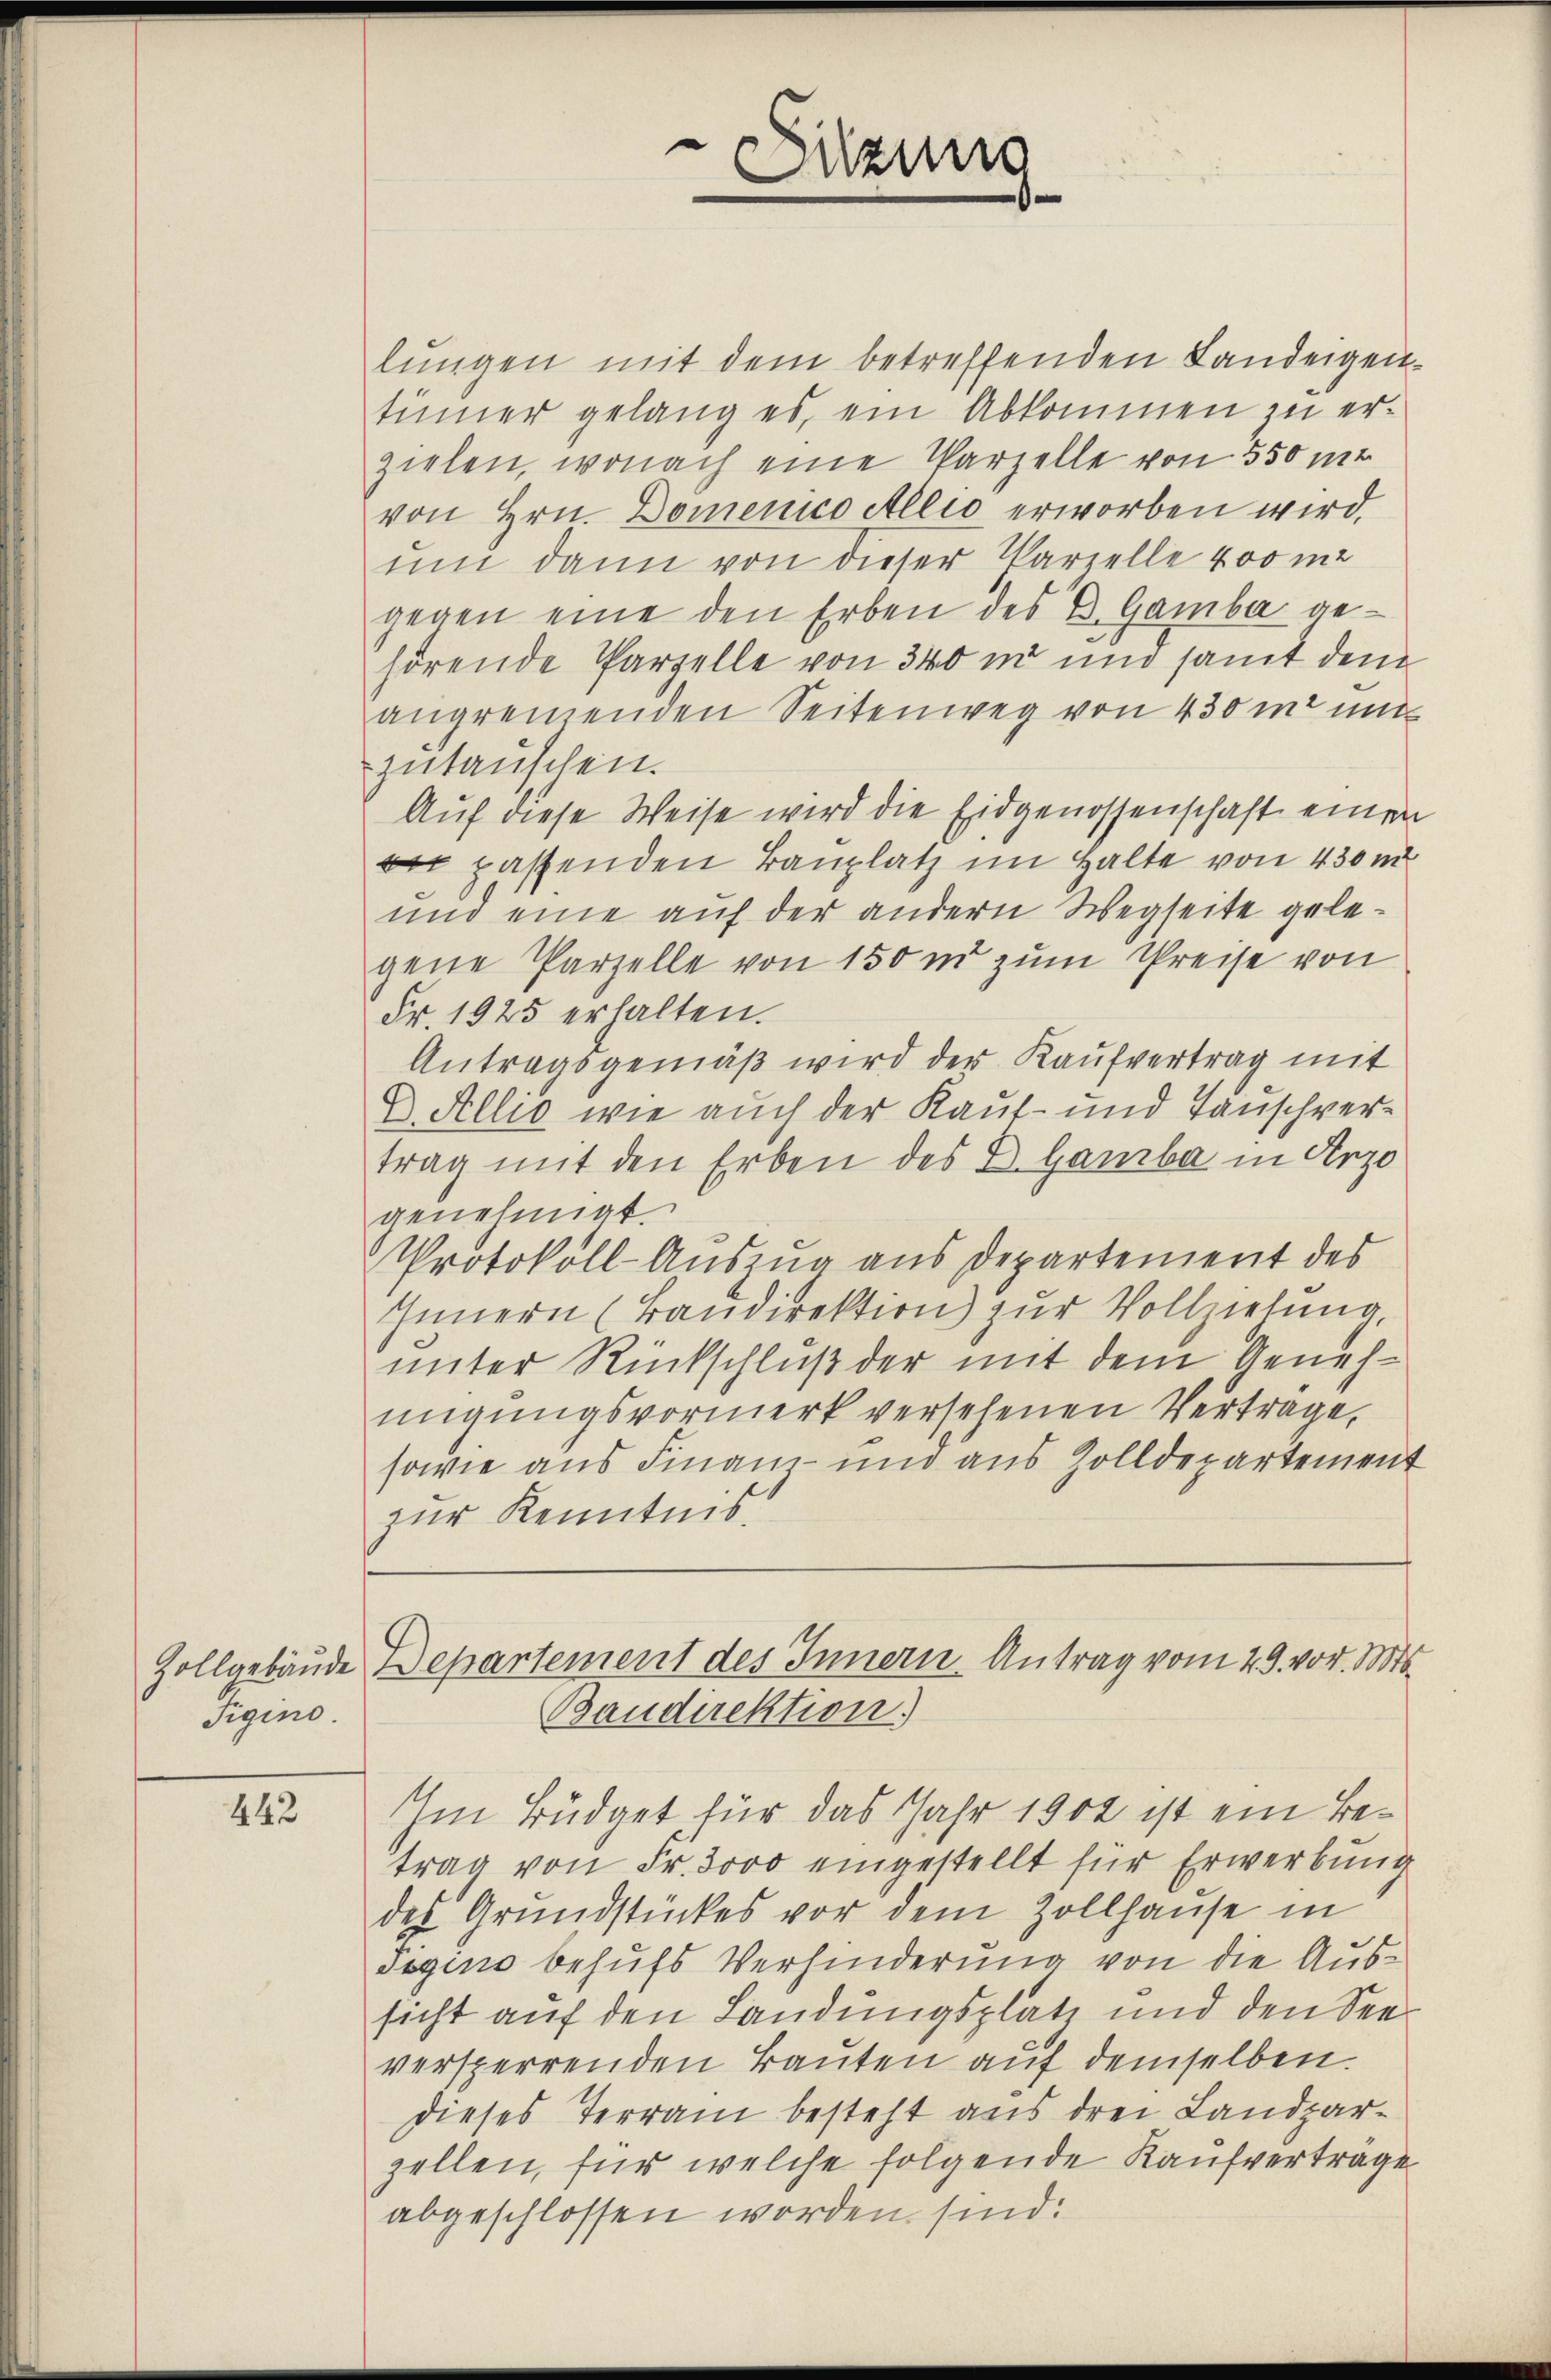
Tigino.

442

lungen mit dem betreffenden Landeigenttinner gelang es, ein Abkommen zu erzielen, wonach eine Parzelle von 550 m
von Hrn. Domenico Allio erworben wird,
um dann von dieser Parzelle 400 mi
gegen eine den Erben des E. Gamba gehörende Parzelle von 340 m und samt dem
angremenden Seitenweg von 430 m und
zutauschen.
Auf diese Weise wird die Eidgenossenschaft einen
 passenden Bauplatz im Halte von 430 m
und eine auf der andern Wegseite gelegene Parzelle von 150 m zum Preise von
Fr. 1925 erhalten.
Antragsgemäß wird der Kaufvertrag mit
D. Allio wie auch der Kauf- und Tauschvertrag mit den Erben des D. Gamba in Arzo
genehmigt.
Protokoll-Auszug aus Departement des
Innern (Baŭdirektion zŭr Vollzielung,
unter Rückschluß der mit dem Genehmigŭngsvormerk versehenen Vertrage,
sowie aus Finanz- und aus Zolldepartement
zur Kenntnis:

Sitzung

Zollgebäude Departement des Innern Antrag vom 29. vor. Mts.
Baudirektion)

Im Büdget für das Jahr 1902 ist ein Betrag von Fr. 3000 eingestellt für Erwerbung
des Grundstückes vor dem Zollhause in
Pigino behufs Verhinderung von die Aussicht auf den Landungsplatz und den Seeversperrenden Bauten auf demselben.
dieses Terrain besteht aus drei Landparzellen, für welche folgende Kaufverträge
abgeschlossen worden sind: